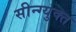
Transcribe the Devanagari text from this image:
सीन्ग्युक्त